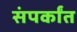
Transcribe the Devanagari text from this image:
संपर्कांत